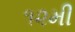
૧૨મી